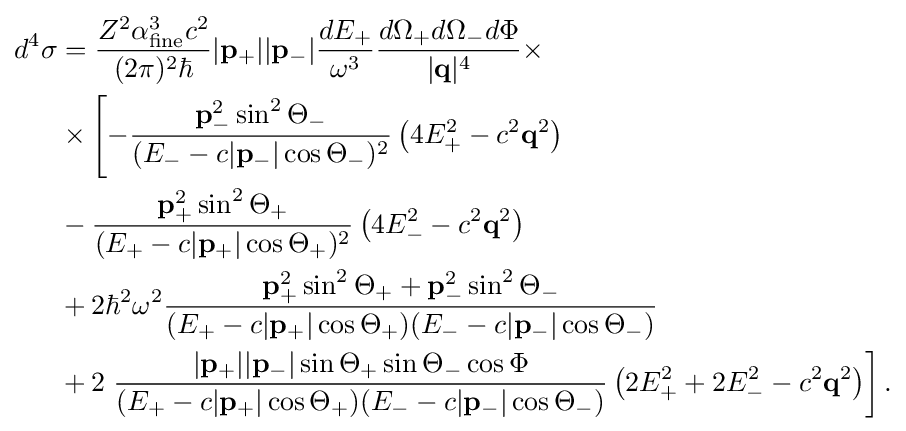
{\begin{aligned}d^{4}\sigma &={\frac {Z^{2}\alpha _{\textrm {fine}}^{3}c^{2}}{(2\pi )^{2}\hbar }}|\mathbf {p} _{+}||\mathbf {p} _{-}|{\frac {dE_{+}}{\omega ^{3}}}{\frac {d\Omega _{+}d\Omega _{-}d\Phi }{|\mathbf {q} |^{4}}}\times \\&\times \left[-{\frac {\mathbf {p} _{-}^{2}\sin ^{2}\Theta _{-}}{(E_{-}-c|\mathbf {p} _{-}|\cos \Theta _{-})^{2}}}\left(4E_{+}^{2}-c^{2}\mathbf {q} ^{2}\right)\right.\\&-{\frac {\mathbf {p} _{+}^{2}\sin ^{2}\Theta _{+}}{(E_{+}-c|\mathbf {p} _{+}|\cos \Theta _{+})^{2}}}\left(4E_{-}^{2}-c^{2}\mathbf {q} ^{2}\right)\\&+2\hbar ^{2}\omega ^{2}{\frac {\mathbf {p} _{+}^{2}\sin ^{2}\Theta _{+}+\mathbf {p} _{-}^{2}\sin ^{2}\Theta _{-}}{(E_{+}-c|\mathbf {p} _{+}|\cos \Theta _{+})(E_{-}-c|\mathbf {p} _{-}|\cos \Theta _{-})}}\\&+2\left.{\frac {|\mathbf {p} _{+}||\mathbf {p} _{-}|\sin \Theta _{+}\sin \Theta _{-}\cos \Phi }{(E_{+}-c|\mathbf {p} _{+}|\cos \Theta _{+})(E_{-}-c|\mathbf {p} _{-}|\cos \Theta _{-})}}\left(2E_{+}^{2}+2E_{-}^{2}-c^{2}\mathbf {q} ^{2}\right)\right].\\\end{aligned}}